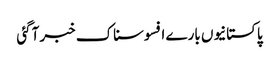
پاکستانیوں بارے افسوسناک خبر آگئی